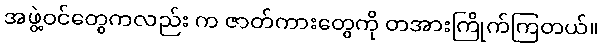
အဖွဲ့ဝင်တွေကလည်း က ဇာတ်ကားတွေကို တအားကြိုက်ကြတယ်။